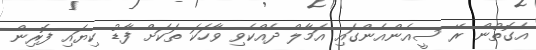
އެގޮތުން ރޭ ސީއެންއެންގައި އަމާލް ދެއްކެވި ވާހަކަ ތަކަށް ފާޑު ކިޔައި ފޮރިން